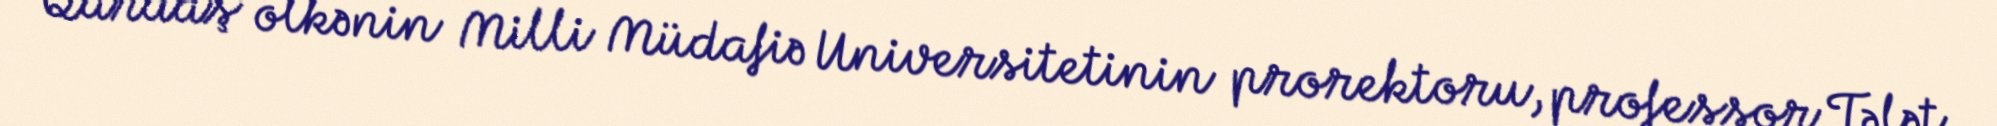
Qardaş ölkənin Milli Müdafiə Universitetinin prorektoru, professor Tələt